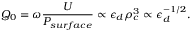
Q _ { 0 } = \omega \frac { U } { P _ { s u r f a c e } } \propto \epsilon _ { d } \rho _ { c } ^ { 3 } \propto \epsilon _ { d } ^ { - 1 / 2 } .